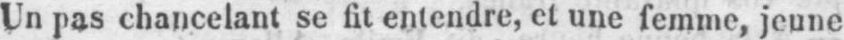
Un pas chancelant se lit entendre, et une femme, jeune